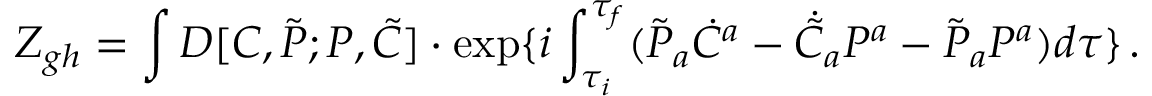
Z _ { g h } = \int D [ C , \tilde { \cal P } ; { \cal P } , \tilde { C } ] \cdot \exp \{ i \int _ { \tau _ { i } } ^ { \tau _ { f } } ( \tilde { \cal P } _ { a } \dot { C } ^ { a } - \dot { \tilde { C } } _ { a } { \cal P } ^ { a } - \tilde { \cal P } _ { a } { \cal P } ^ { a } ) d \tau \} \, .